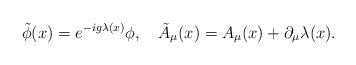
\begin{align*} \tilde \phi(x) = e^{-i g \lambda(x)} \phi, \quad \tilde A_\mu(x) = A_\mu(x) + \partial_\mu \lambda(x).\end{align*}